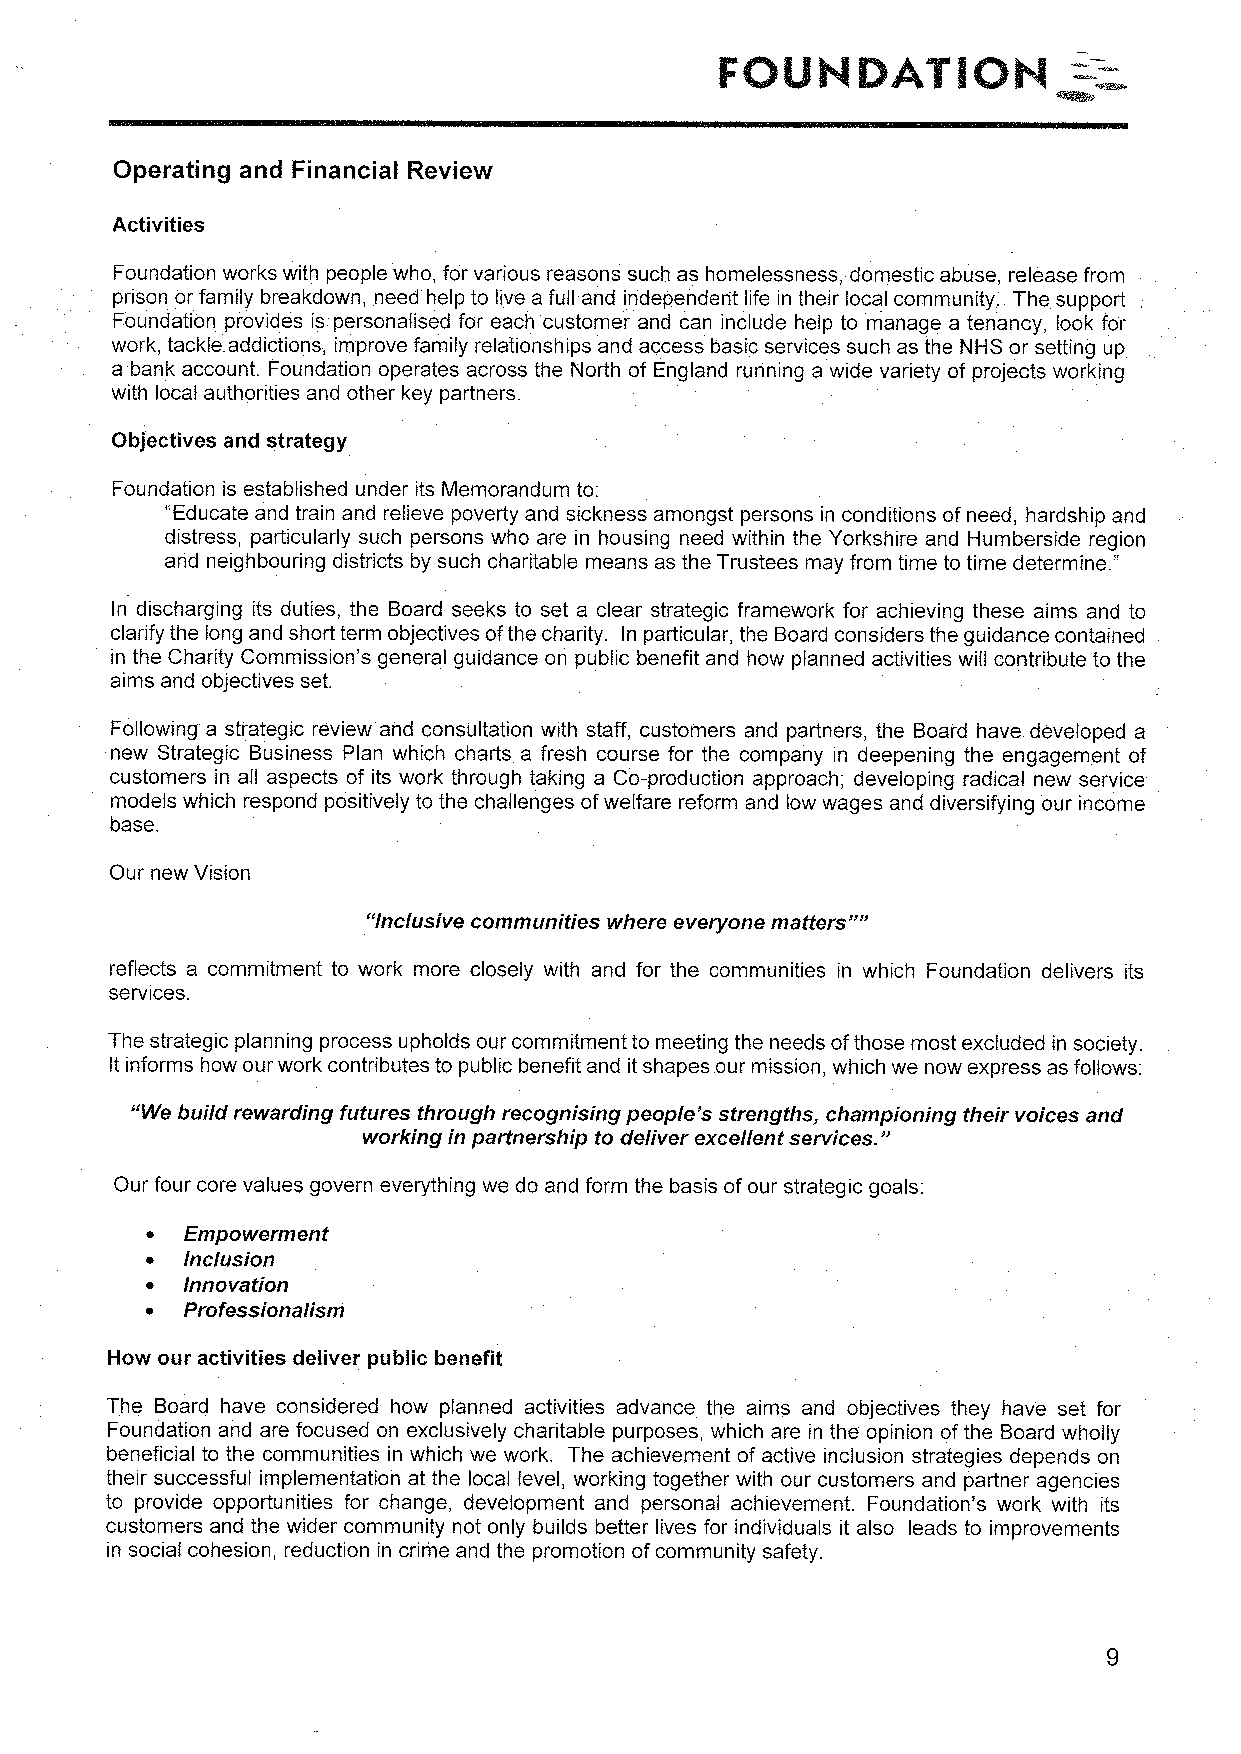
Operating and Financial Review
 Activities
 Foundation works with people who, for various reasons such as homelessness, domestic abuse, release from
 prison or family breakdown, need help to live a full and independent life in their local community. The support
 Foundation provides is personalised for each customer and can include help to manage a tenancy, look for
 work, tackle addictions, improve family relationships and access basic services such as the NHS or setting up
 a bank account. Foundation operates across the North of England running a wide variety of projects working
 with local authorities and other key partners.
 Objectives and strategy
 Foundation is established under its Memorandum to:
 "Educate and train and relieve poverty and sickness amongst persons in conditions of need, hardship and
 distress, particularly such persons who are in housing need within the Yorkshire and Humberside region
 and neighbouring districts by such charitable means as the Trustees may from time to time determine. "
 In discharging its duties, the Board seeks to set a clear strategic framework for achieving these aims and to
 clarify the long and short term objectives ofthe charity. In particular, the Board considers the guidance contained
 in the Charity Commission's general guidance on public benefit and how planned activities will contribute to the
 aims and objectives set.
 Following a strategic review and consultation with staff, customers and partners, the Board have developed a
 new Strategic Business Plan which charts a fresh course for the company in deepening the engagement of
 customers in all aspects of its work through taking a Co-production approach; developing radical new service
 models which respond positively to the challenges ofwelfare reform and low wages and diversifying our income
 base.
 Our new Vision
 "Inclusive communities where everyone matters""
 reflects a commitment to work more closely with and for the communities in which Foundation delivers its
 services.
 The strategic planning process upholds our commitment to meeting the needs ofthose most excluded in society.
 Itinforms how our work contributes to public benefit and itshapes our mission, which we now express as follows:
 "We build rewarding futures through recognising people's strengths, champ"ioning their voices and
 working in partnership to deliver excellent services.
 Our four core values govern everything we do and form the basis ofour strategic goals:
 ~ Empowerment
 ~ Inclusion
 ~ Innovation
 ~ Professionalism
 How our activities deliver public benefit
 The Board have considered how planned activities advance the aims and objectives they have set for
 Foundation and are focused on exclusively charitable purposes, which are in the opinion ofthe Board wholly
 beneficial to the communities in which we work. The achievement of active inclusion strategies depends on
 their successful implementation at the local level, working together with our customers and partner agencies
 to provide opportunities for change, development and personal achievement. Foundation's work with its
 customers and the wider community not only builds better lives for individuals it also leads to improvements
 in social cohesion, reduction in crime and the promotion ofcommunity safety.